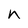
Character: n